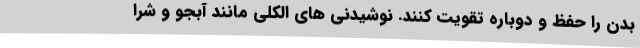
بدن را حفظ و دوباره تقویت کنند. نوشیدنی های الکلی مانند آبجو و شرا